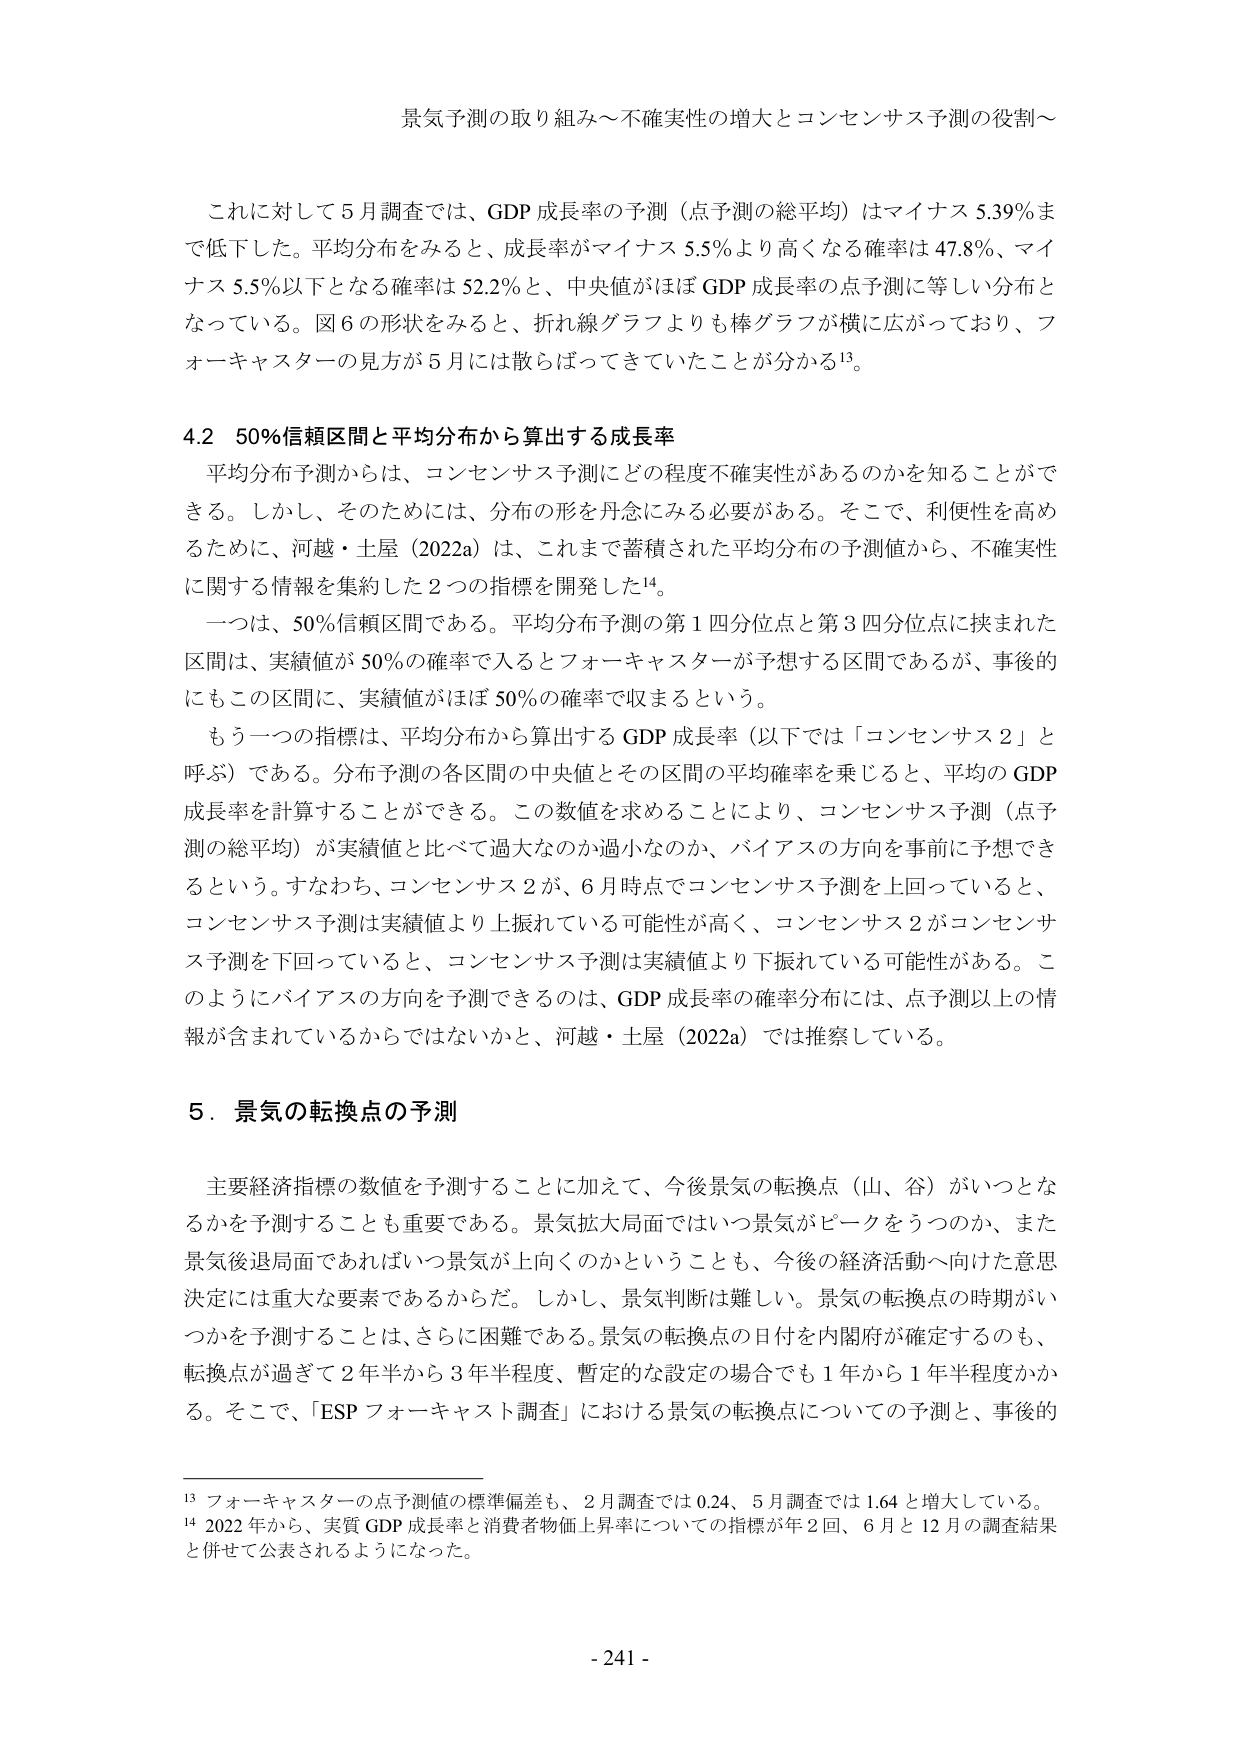
景気予測の取り組み～不確実性の増大とコンセンサス予測の役割～

これに対して５月調査では、GDP 成長率の予測（点予測の総平均）はマイナス 5.39％まで低下した。平均分布をみると、成長率がマイナス 5.5％より高くなる確率は 47.8％、マイナス 5.5％以下となる確率は 52.2％と、中央値がほぼ GDP 成長率の点予測に等しい分布となっている。図６の形状をみると、折れ線グラフよりも棒グラフが横に広がっており、フォーキャスターの見方が５月には散らばってきていたことが分かる¹³。

4.2 50％信頼区間と平均分布から算出する成長率

平均分布予測からは、コンセンサス予測にどの程度不確実性があるのかを知ることができる。しかし、そのためには、分布の形を丹念にみる必要がある。そこで、利便性を高めるために、河越・土屋（2022a）は、これまで蓄積された平均分布の予測値から、不確実性に関する情報を集約した２つの指標を開発した¹⁴。

一つは、50％信頼区間である。平均分布予測の第１四分位点と第３四分位点に挟まれた区間は、実績値が 50％の確率で入るとフォーキャスターが予想する区間であるが、事後的にもこの区間に、実績値がほぼ 50％の確率で収まるという。

もう一つの指標は、平均分布から算出する GDP 成長率（以下では「コンセンサス２」と呼ぶ）である。分布予測の各区間の中央値とその区間の平均確率を乗じると、平均の GDP 成長率を計算することができる。この数値を求めることにより、コンセンサス予測（点予測の総平均）が実績値と比べて過大なのか過小なのか、バイアスの方向を事前に予想できるという。すなわち、コンセンサス２が、６月時点でコンセンサス予測を上回っていると、コンセンサス予測は実績値より上振れている可能性が高く、コンセンサス２がコンセンサス予測を下回っていると、コンセンサス予測は実績値より下振れている可能性がある。このようにバイアスの方向を予測できるのは、GDP 成長率の確率分布には、点予測以上の情報が含まれているからではないかと、河越・土屋（2022a）では推察している。

5．景気の転換点の予測

主要経済指標の数値を予測することに加えて、今後景気の転換点（山、谷）がいつとなるかを予測することも重要である。景気拡大局面ではいつ景気がピークをうつのか、また景気後退局面であればいつ景気が上向くのかということも、今後の経済活動へ向けた意思決定には重大な要素であるからだ。しかし、景気判断は難しい。景気の転換点の時期がいつかを予測することは、さらに困難である。景気の転換点の日付を内閣府が確定するのも、転換点が過ぎて２年半から３年半程度、暫定的な設定の場合でも１年から１年半程度かかる。そこで、「ESP フォーキャスト調査」における景気の転換点についての予測と、事後の

¹³ フォーキャスターの点予測値の標準偏差も、２月調査では 0.24、５月調査では 1.64 と増大している。

¹⁴ 2022 年から、実質 GDP 成長率と消費者物価上昇率についての指標が年２回、６月と 12 月の調査結果と併せて公表されるようになった。

- 241 -